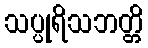
သပ္ပုရိသဘတ္တိ